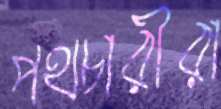
পথচারীরা